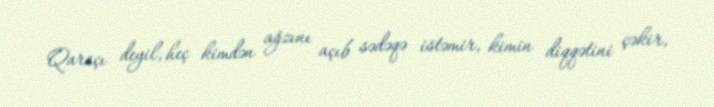
Qaraçı deyil, heç kimdən ağzını açıb sədəqə istəmir, kimin diqqətini çəkir,